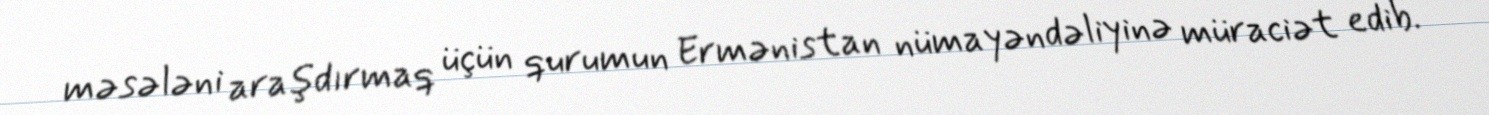
məsələni araşdırmaq üçün qurumun Ermənistan nümayəndəliyinə müraciət edib.